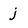
Character: j